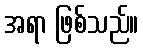
အရာ ဖြစ်သည်။